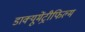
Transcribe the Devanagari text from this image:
डाक्यूमेंट्रीफिल्म